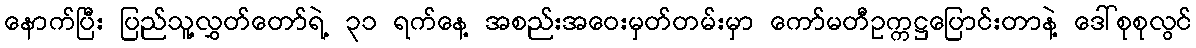
နောက်ပြီး ပြည်သူ့လွှတ်တော်ရဲ့ ၃၁ ရက်နေ့ အစည်းအဝေးမှတ်တမ်းမှာ ကော်မတီဥက္ကဋ္ဌပြောင်းတာနဲ့ ဒေါ်စုစုလွင်